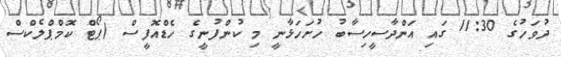
ދުވަހުގެ 11:30 ގައި އަންދާސީހިސާބު ހުށަހަޅާނީ މި ކުންފުނީގެ ހެޑްއޮފީސް (ޕޯޓް ކޮމްޕްލެކްސް